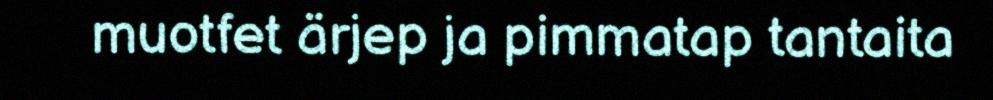
muotfet ärjep ja pimmatap tantaita